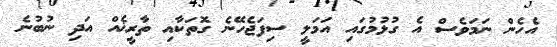
އެެހެން ނަމަވެސް އެ ގުޅުމުގައި އަމަލީ ސިފަޖެހޭނެ ގޮތަކާއި ތާރީޚެއް އަދި ނުބުނެ